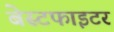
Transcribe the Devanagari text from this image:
बेस्टफाइटर